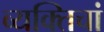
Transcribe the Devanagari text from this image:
व्यक्तिचां